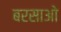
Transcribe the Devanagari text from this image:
बरसाओ